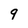
Character: 9